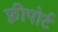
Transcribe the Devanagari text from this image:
फ़्रीपोर्ट